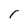
Character: r